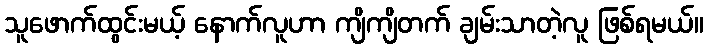
သူဖောက်ထွင်းမယ့် နောက်လူဟာ ကျိကျိတက် ချမ်းသာတဲ့လူ ဖြစ်ရမယ်။